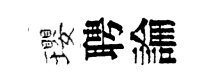
瓔聘論